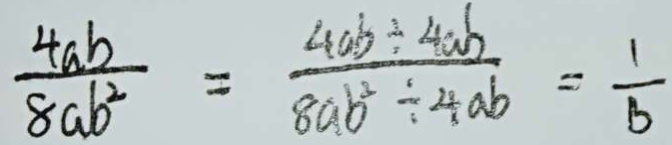
\frac { 4 a b } { 8 a b ^ { 2 } } = \frac { 4 a b \div 4 a b } { 8 a b ^ { 2 } \div 4 a b } = \frac { 1 } { b }